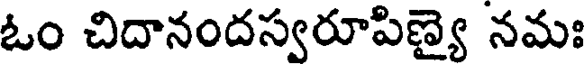
ఓం చిదానందస్వరూపిణ్యై నమః